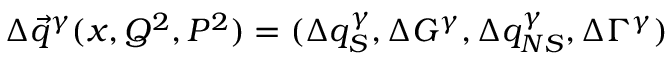
\Delta \vec { q } ^ { \gamma } ( x , Q ^ { 2 } , P ^ { 2 } ) = ( \Delta q _ { S } ^ { \gamma } , \Delta G ^ { \gamma } , \Delta q _ { N S } ^ { \gamma } , \Delta \Gamma ^ { \gamma } )